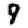
Digit: 9